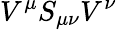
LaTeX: V^{\mu}S_{\mu\nu}V^{\nu}